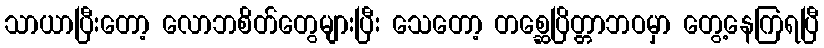
သာယာပြီးတော့ လောဘစိတ်တွေများပြီး သေတော့ တစ္ဆေပြိတ္တာဘဝမှာ တွေ့နေကြရပြီ